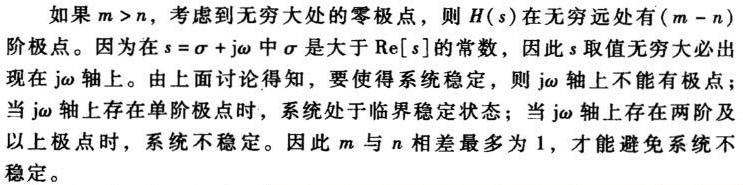
如果 $m > n$，考虑到无穷大处的零极点，则 $H(s)$ 在无穷远处有 $(m - n)$ 阶极点。因为在 $s = \sigma + \mathrm{j}\omega$ 中 $\sigma$ 是大于 $\mathrm{Re}[s]$ 的常数，因此 $s$ 取值无穷大必出现在 $\mathrm{j}\omega$ 轴上。由上面讨论得知，要使得系统稳定，则 $\mathrm{j}\omega$ 轴上不能有极点；当 $\mathrm{j}\omega$ 轴上存在单阶极点时，系统处于临界稳定状态；当 $\mathrm{j}\omega$ 轴上存在两阶及以上极点时，系统不稳定。因此 $m$ 与 $n$ 相差最多为 $1$，才能避免系统不稳定。